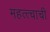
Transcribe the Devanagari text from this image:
महत्त्चाची